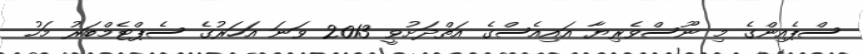
ސްޕެއިންގެ މި ނޫސްވެރިޔާ އައިއެސްގެ އަތްދަށުވީ 2013 ވަނަ އަހަރުގެ ސެޕްޓެމްބަރު މަހު